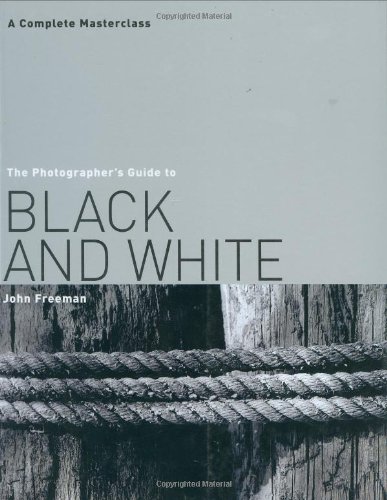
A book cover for The Photographer's Guide to Black & White: A Complete Masterclass; John Freeman; Arts & Photography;